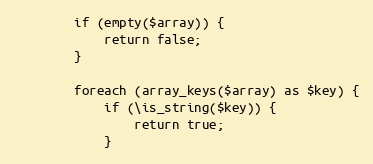
Language: PHP
        if (empty($array)) {
            return false;
        }

        foreach (array_keys($array) as $key) {
            if (\is_string($key)) {
                return true;
            }